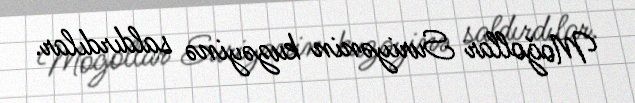
Moğollar Suriyənin kuzəyinə saldırdılar.